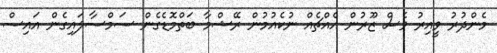
މެންދުރު ވީއިރު ވެސް ޒޫރުން އެއްޗެއް ނުކެއުމުން ރޭޝްމާ ބަތްމޮޑެގެން ސަމްސާލައިގެން އައިސް